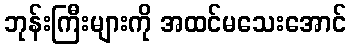
ဘုန်းကြီးများကို အထင်မသေးအောင်